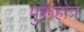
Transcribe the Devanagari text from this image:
पुरूहोत्र